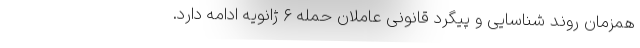
همزمان روند شناسایی و پیگرد قانونی عاملان حمله ۶ ژانویه ادامه دارد.